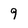
Character: 9